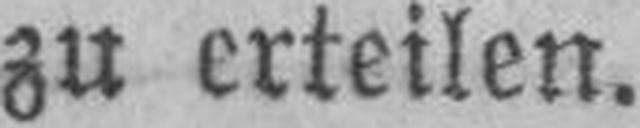
zu erteilen.